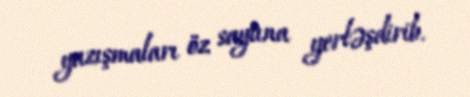
yazışmaları öz saytına yerləşdirib.